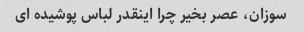
سوزان، عصر بخیر چرا اینقدر لباس پوشیده ای